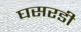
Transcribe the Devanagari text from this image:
घसरडी